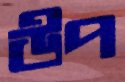
উপ